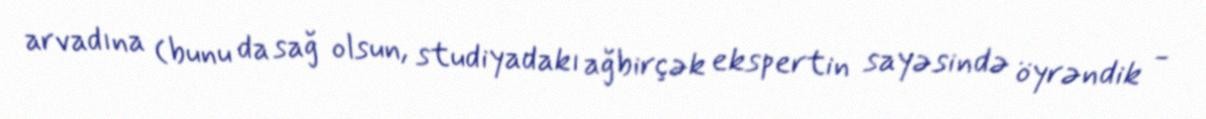
arvadına (bunu da sağ olsun, studiyadakı ağbirçək ekspertin sayəsində öyrəndik -